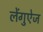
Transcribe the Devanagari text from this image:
लेंगुऐज